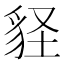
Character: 𧲵